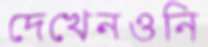
দেখেনওনি